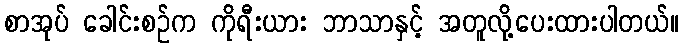
စာအုပ် ခေါင်းစဉ်က ကိုရီးယား ဘာသာနှင့် အတူလို့ပေးထားပါတယ်။